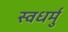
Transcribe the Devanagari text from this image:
स्वधर्मु